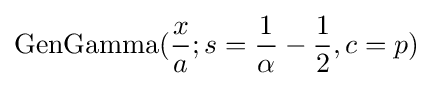
{\text{GenGamma}}({\frac {x}{a}};s={\frac {1}{\alpha }}-{\frac {1}{2}},c=p)